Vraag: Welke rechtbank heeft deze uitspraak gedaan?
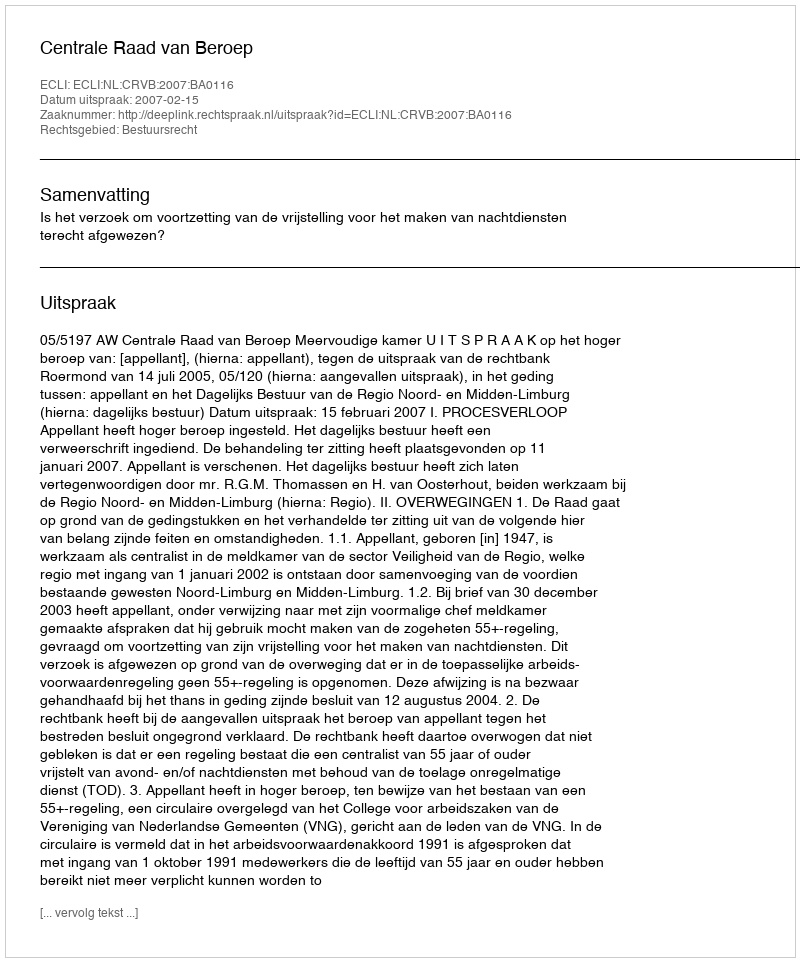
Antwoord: Centrale Raad van Beroep